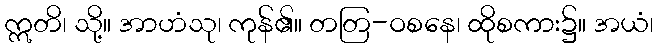
ဣတိ၊ သို့။ အာဟံသု၊ ကုန်၏။ တတြ-ဝစနေ၊ ထိုစကား၌။ အယံ၊